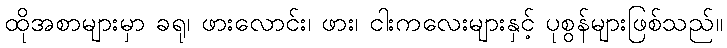
ထိုအစာများမှာ ခရု၊ ဖားလောင်း၊ ဖား၊ ငါးကလေးများနှင့် ပုစွန်များဖြစ်သည်။